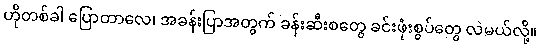
ဟိုတစ်ခါ ပြောတာလေ၊ အခန်းပြာအတွက် ခန်းဆီးစတွေ ခင်းဖုံးစွပ်တွေ လဲမယ်လို့။